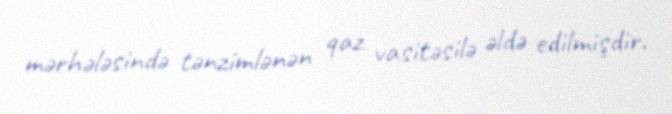
mərhələsində tənzimlənən qaz vasitəsilə əldə edilmişdir.